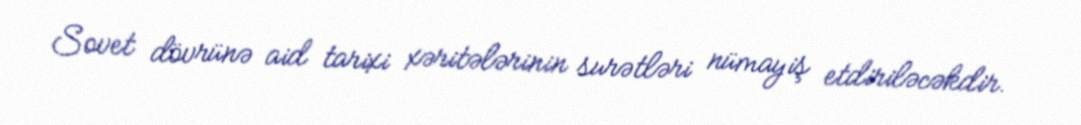
Sovet dövrünə aid tarixi xəritələrinin surətləri nümayiş etdiriləcəkdir.